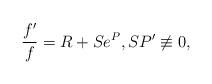
LaTeX: \begin{align*} \frac{f'}{f} = R + Se^P , SP' \not \equiv 0 ,\end{align*}